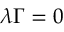
{ \boldsymbol { \lambda \Gamma } } = 0